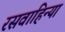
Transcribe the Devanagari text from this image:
रसवाहिन्या